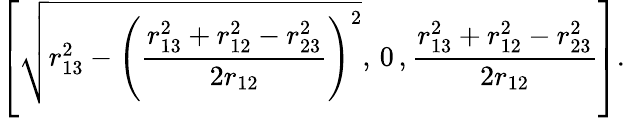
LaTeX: \left[\sqrt{r_{13}^{2}-\left(\frac{r_{13}^{2}+r_{12}^{2}-r_{23}^{2}}{2r_{12}}\right)^{2}},\, 0\, ,\frac{r_{13}^{2}+r_{12}^{2}-r_{23}^{2}}{2r_{12}}\right].